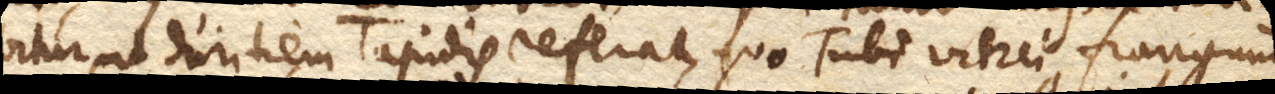
bitur, ut duritiem lapidis referat, quo Tubi vitrei franguntur